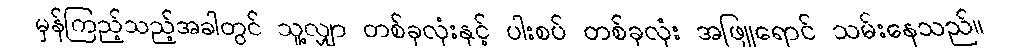
မှန်ကြည့်သည့်အခါတွင် သူ့လျှာ တစ်ခုလုံးနှင့် ပါးစပ် တစ်ခုလုံး အဖြူရောင် သမ်းနေသည်။